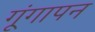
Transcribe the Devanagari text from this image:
गूंगापन